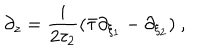
LaTeX: \partial _ { z } = \frac { i } { 2 \tau _ { 2 } } ( \bar { \tau } \partial _ { \xi _ { 1 } } - \partial _ { \xi _ { 2 } } ) ~ ,